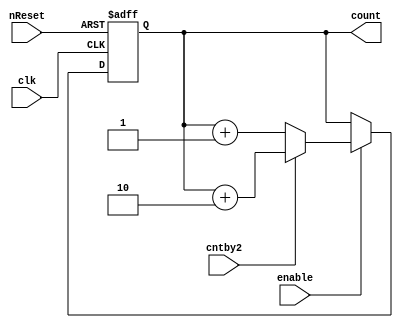
module counter4(clk,nReset,enable,cntby2,count);
    input wire clk;
    input wire nReset;
    input wire enable;
    input wire cntby2;
    output reg [3:0] count;


always @(posedge clk or negedge nReset) begin
    if (!nReset) begin
        count <= 4'b0000;
    end
    else if (enable) begin
        if (cntby2) begin
            count <= count + 2;
        end
        else begin
            count <= count + 1;
        end
    end
end

endmodule

// Simulation testbench
module counter4_tb;

reg clk;
reg nReset;
reg enable;
reg cntby2;
wire [3:0] count;

counter4 dut (
    .clk(clk),
    .nReset(nReset),
    .enable(enable),
    .cntby2(cntby2),
    .count(count)
);

initial begin
    $dumpfile("seq2.vcd");
    $dumpvars(0, counter4_tb);

    clk = 0;
    nReset = 0;
    enable = 0;
    cntby2 = 0;
    #10 nReset = 1;
end

always #5 clk = ~clk;

initial begin
    #10 
	enable = 1;

    #20 
	cntby2 = 1;
	
    #10 enable = 0;
	#10 nReset=0;
	#10 nReset=1;
    #20 enable = 1;
    # 10
	$finish;
end


endmodule